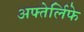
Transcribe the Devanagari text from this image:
अफ्तेर्लिफे